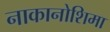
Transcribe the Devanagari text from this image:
नाकानोशिमा